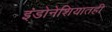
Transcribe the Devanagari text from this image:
इंडोनेशियातही